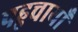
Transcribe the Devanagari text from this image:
पहुचायाँ